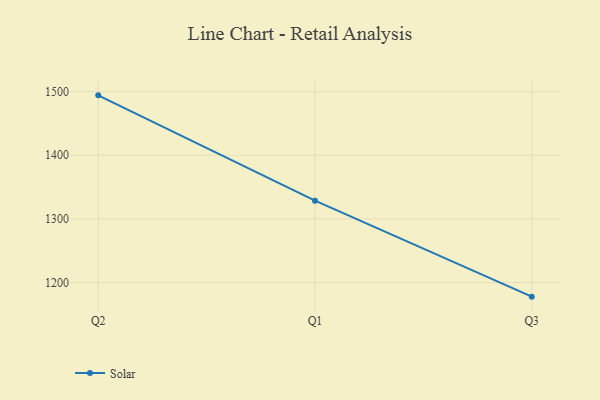
{"axis": {"x": "Quarter", "y": "Population (Million)"}, "legend": ["Solar"], "data": [{"x": "Q2", "y": 1494.2, "type": "Solar"}, {"x": "Q1", "y": 1328.6, "type": "Solar"}, {"x": "Q3", "y": 1177.8, "type": "Solar"}]}